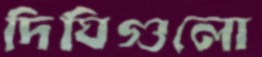
দিঘিগুলো